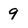
Character: 9